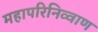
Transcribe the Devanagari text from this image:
महापरिनिव्वाण